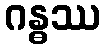
ဂန္ဓဿ